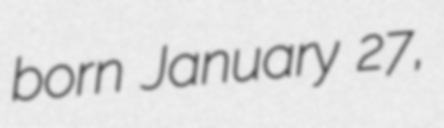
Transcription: born January 27,